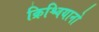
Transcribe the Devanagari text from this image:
क्रिश्चियानो